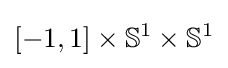
[-1,1]\times \mathbb {S} ^{1}\times \mathbb {S} ^{1}